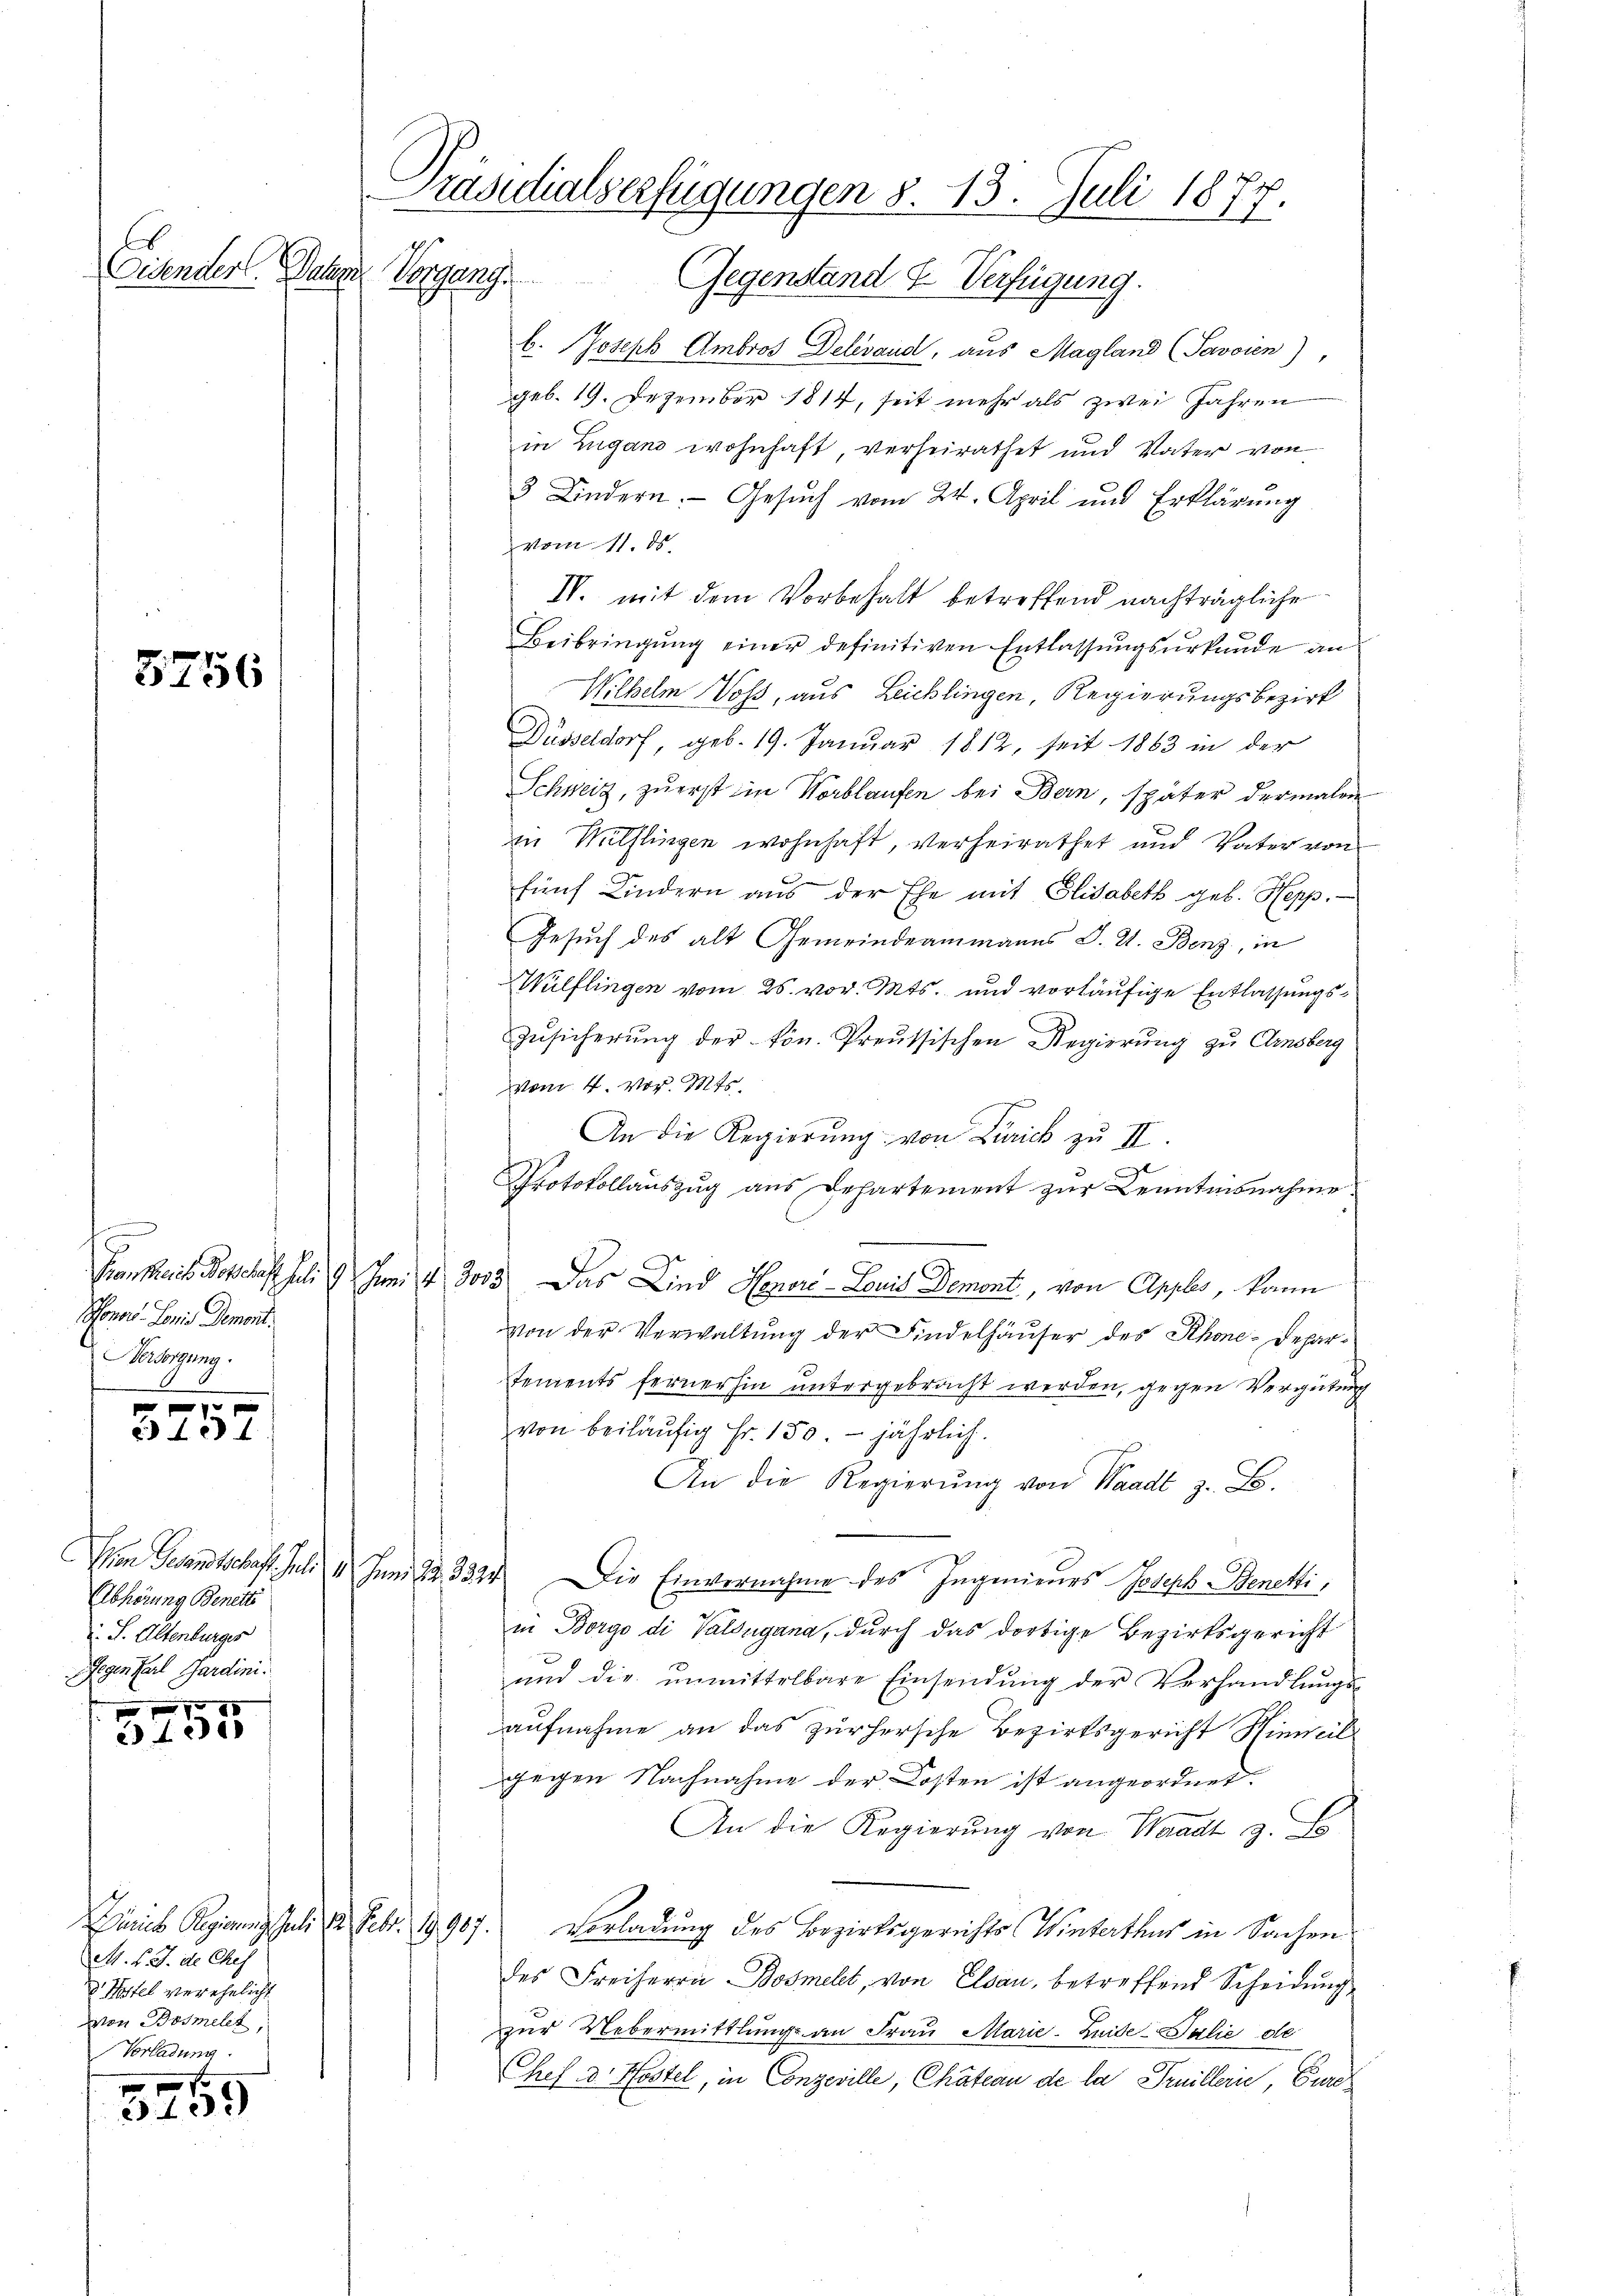
Eidender. Dage

3756

8
Honor. Loris Demont.
Besorgung.

f 0 x
 e f

Ein Gesandtschaft. Juli
Abhörung Benetti
. S. Altenburges
Gegenkarl Gardini.

788
3400

Diaris Regierung Juli 12. Febr. 1907
M. v. J. de Chef
d. Kostel verehelicht
von Bosmelet,
Vorladung

3435

Präsidialserfügungen 8. 13. Juli 1877.
Vorgang. Gegenstand & Verfügung.

b. Joseph Ambros Delevand, aus Magland (Savoien),
geb. 19. Dezember 1814, seit mehr als zwei Jahren
in Zugano wohnhaft, verheirathet und Vater von
3 Kindern. Gesuch vom 24. April und Erklärung
vom 11. ds.
IV. mit dem Vorbehalt betreffend nachträgliche
Beibringung einer definitiven Entlassungsurkunde an
Wilhelm Voss, aus Leichlingen, Regierungsbezirk
Düsseldorf, geb. 19. Januar 1812, seit 1863 in der
Schweiz, zuerst in Worblaufen bei Bern, später dermalen
in Wülflingen wohnhaft, verheirathet und Vater von
fünf Kindern aus der Ehe mit Elisabeth geb. Hepp.
Gesuch des alt Gemeindeammanns S. 2. Benz, in
Wülflingen vom 26. vor. Mts. und vorläufige Entlassungs¬
Zusicherung der kön. Preussischen Regierung zu Arnsberg
vom 4. vor. Mts.
An die Regierung von Zürich zu II.
Protokollauszug aus Departement zur Kenntnisnahme
Krankheit Vorschaft Juli 9 Juni 4 3005. Das Kind Heperi-Louis Demont, von Apples, kann
von der Verwaltung der Findelhäuser des Rhone-Departements fernerhin untergebracht werden, gegen Vergütung
von beiläufig Fr. 150. jährlich.
An die Regierŭng von Waadt z. B.
1 Juni 2. 3324. Die Einvernahme des Ingenieurs Joseph Benetti,
in Borgo di Valdugana, durch das dortige Bezirksgericht
und die unmittelbare Einsendung der Verhandlungs-
aufnahme an das zur hersche Bezirksgericht Hinweil
gegen Nachnahme der Kosten ist angeordnet.
An die Regierung von Waadt z. Es
Vorladung des Bezirksgerichts Winterthur in Sachen
des Freiherrn Bosmelt, von Elsau, betreffend Scheidung
zur Uebermittlung an Frau Marie-Luide Talić de
Chef d. Kostel, in Conzeville, Chateau de la Pruillerie, Eure